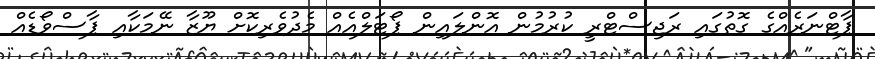
ޕާޓްނަރެއްގެ ގޮތުގައި ރަޖިސްޓްރީ ކުރުމުން އޮންލައިން ޕޯޓަލްއެއް މެދުވެރިކޮށް ޔޫޒާ ނޭމަކާއި ޕާސްވޯޑެއް